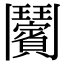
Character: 𩰝